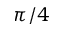
\pi / 4